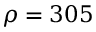
\rho = 3 0 5